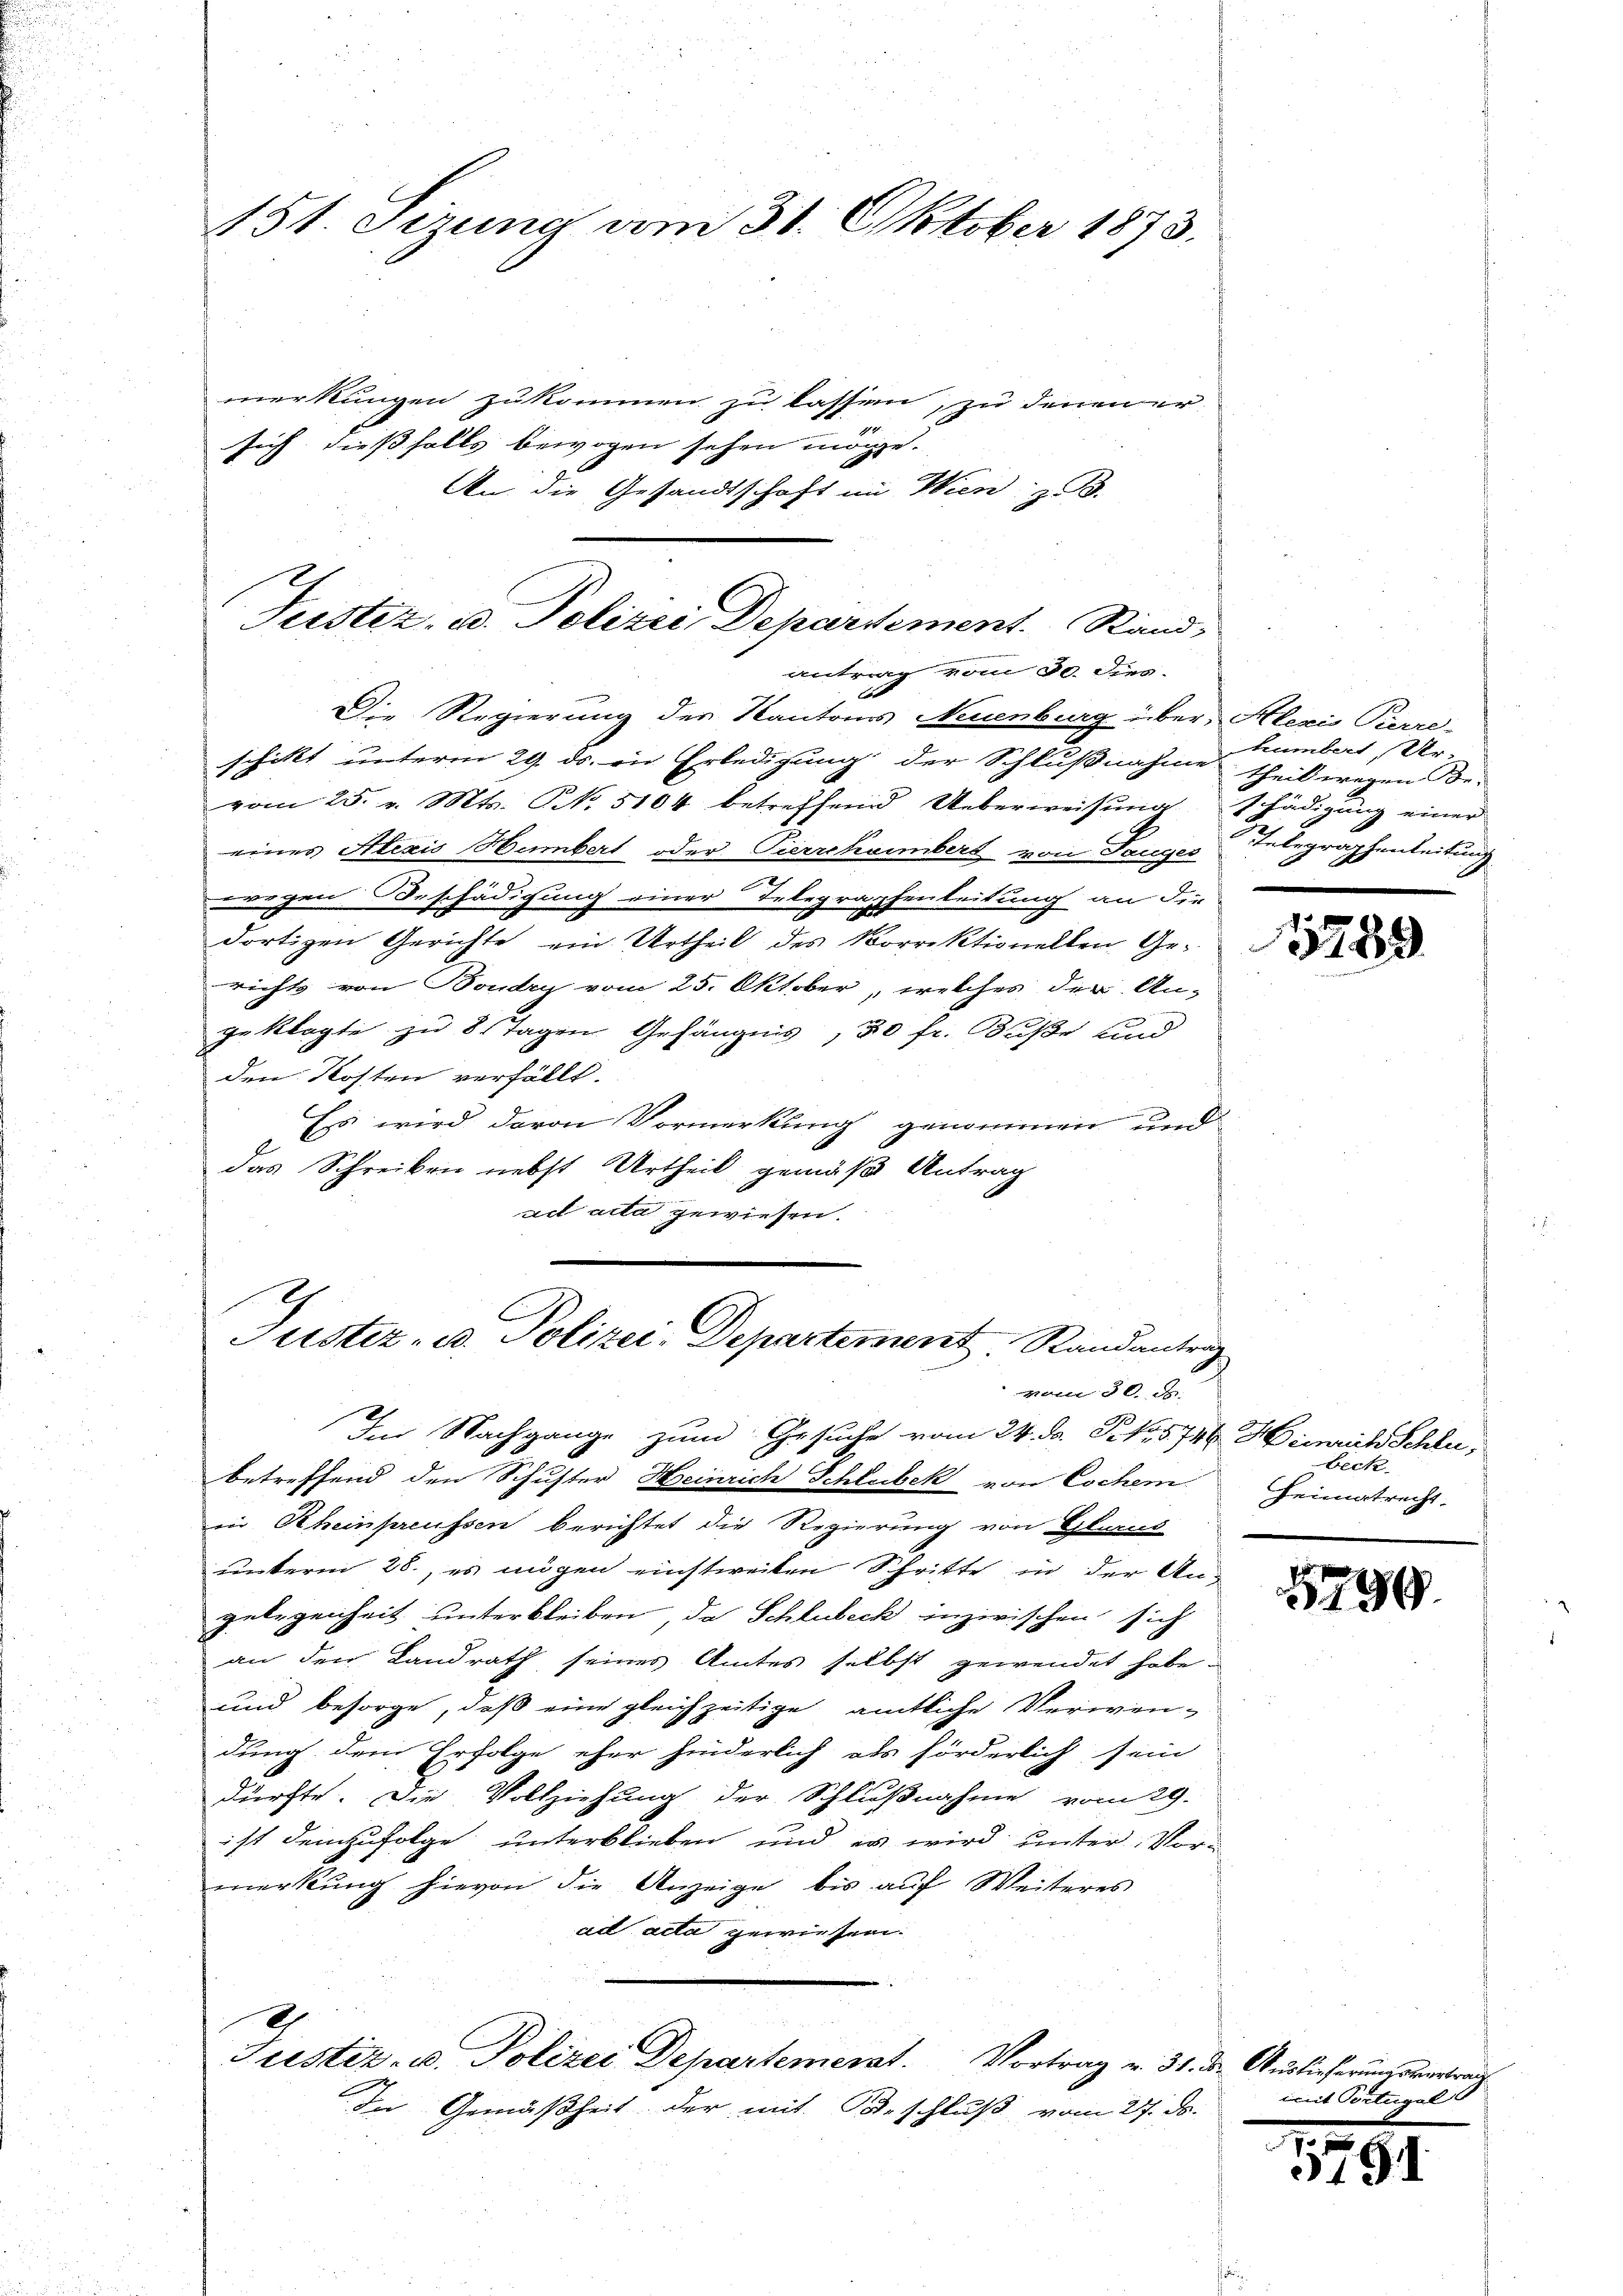
151 Sizung vom 31. Oktober 1873.

merkungen zukommen zu lassen, zu denen er-
7.
sich dießfalls bewogen sehen möge.
An die Gesandtschaft im Wien z. B.

Justiz- u. Polizei, Departement. Stand,
antrag vom 30. dies

Justiz- u. Polizei-Departement Randanter
vom 30. d.

Die Regierung des Kantons Neuenburg über, Alexis Pierre-
schikt unterm 29. ds. in Erledigung der Schlußnahme theil wegen Be-
vom 25. v. Mts. NNo. 5104 betreffend Ueberweisung
eines Alexis Hambert oder Pierrchaimbert von Tauges Telegraphenleitung
wegen Beschädigung einer Telegraphenleitung an die
dortigen Gerichte ein Urtheil des Korrektionellen Gerichts von Boudry vom 25. Oktober, welches der An-
geklagte zu 8 Tagen Gefängnis, 30 fr. Buße und
den Kosten verfällt.
Ess wird davon Vormerkung genommen um
das Schreiben nebst Urtheil gemäß Antrag
ad acta gewiesen.
Im Nachgange zum Gesuche vom 24. D. P. Nr. 574.
betreffend den Schuster Heinrich Schlubek von Cochen.
in Rheinpreussen berichtet die Regierung von Glarus
unterm 28., es augen einstweilen Schritte in der An-
gelegenheit unterbleiben, da Schlubeck inzwischen sich
an den Landrath seines Amtes selbst gewendet habe
und besorge, daß eine gleichzeitige amtliche Verwen-
dung dem Erfolge eher hinderlich als förderlich sein
dürfte. Die Vollziehung der Schlußnahme vom 29.
ist demzufolge unterblieben und es wird unter Vormerkŭng hievon die Anzeige bis aŭf Weiteres
ad acta gewiesen.
8
2
Justiz- u. Polizei Departement. Vortrag v. 31. d. Auslieferungsvertrag
u
de Gemäßheit der mit Beschluß vom 27. ds.

humbert, Ur-
schädigung einer

c

1789

Heinrich Schlu
beck.
Heimatrecht.

1799

mit Portugal

1179